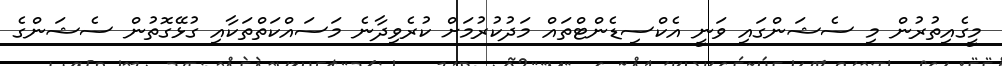
މީގެއިތުރުން މި ސެޝަންގައި ވަނީ އެކްސިޑެންޓްތައް މަދުކުރުމަށް ކުރެވިދާނެ މަސައްކަތްތަކާއި ގުޅޭގޮތުން ސެޝަންގެ